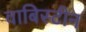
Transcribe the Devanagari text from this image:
वाबिस्टीन